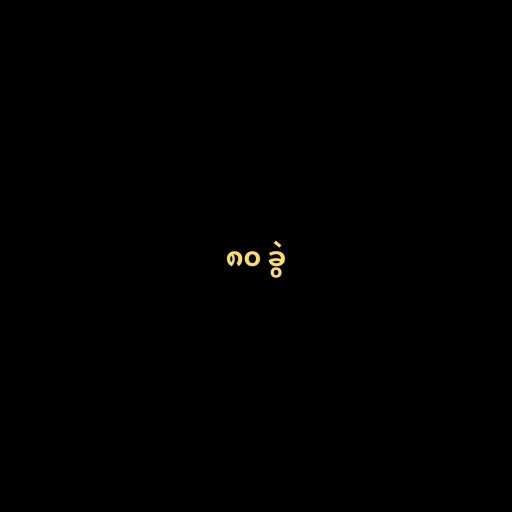
၈၀ ခွဲ